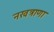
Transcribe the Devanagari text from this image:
नखत्राणा